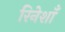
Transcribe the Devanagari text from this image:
रिनेशाँ